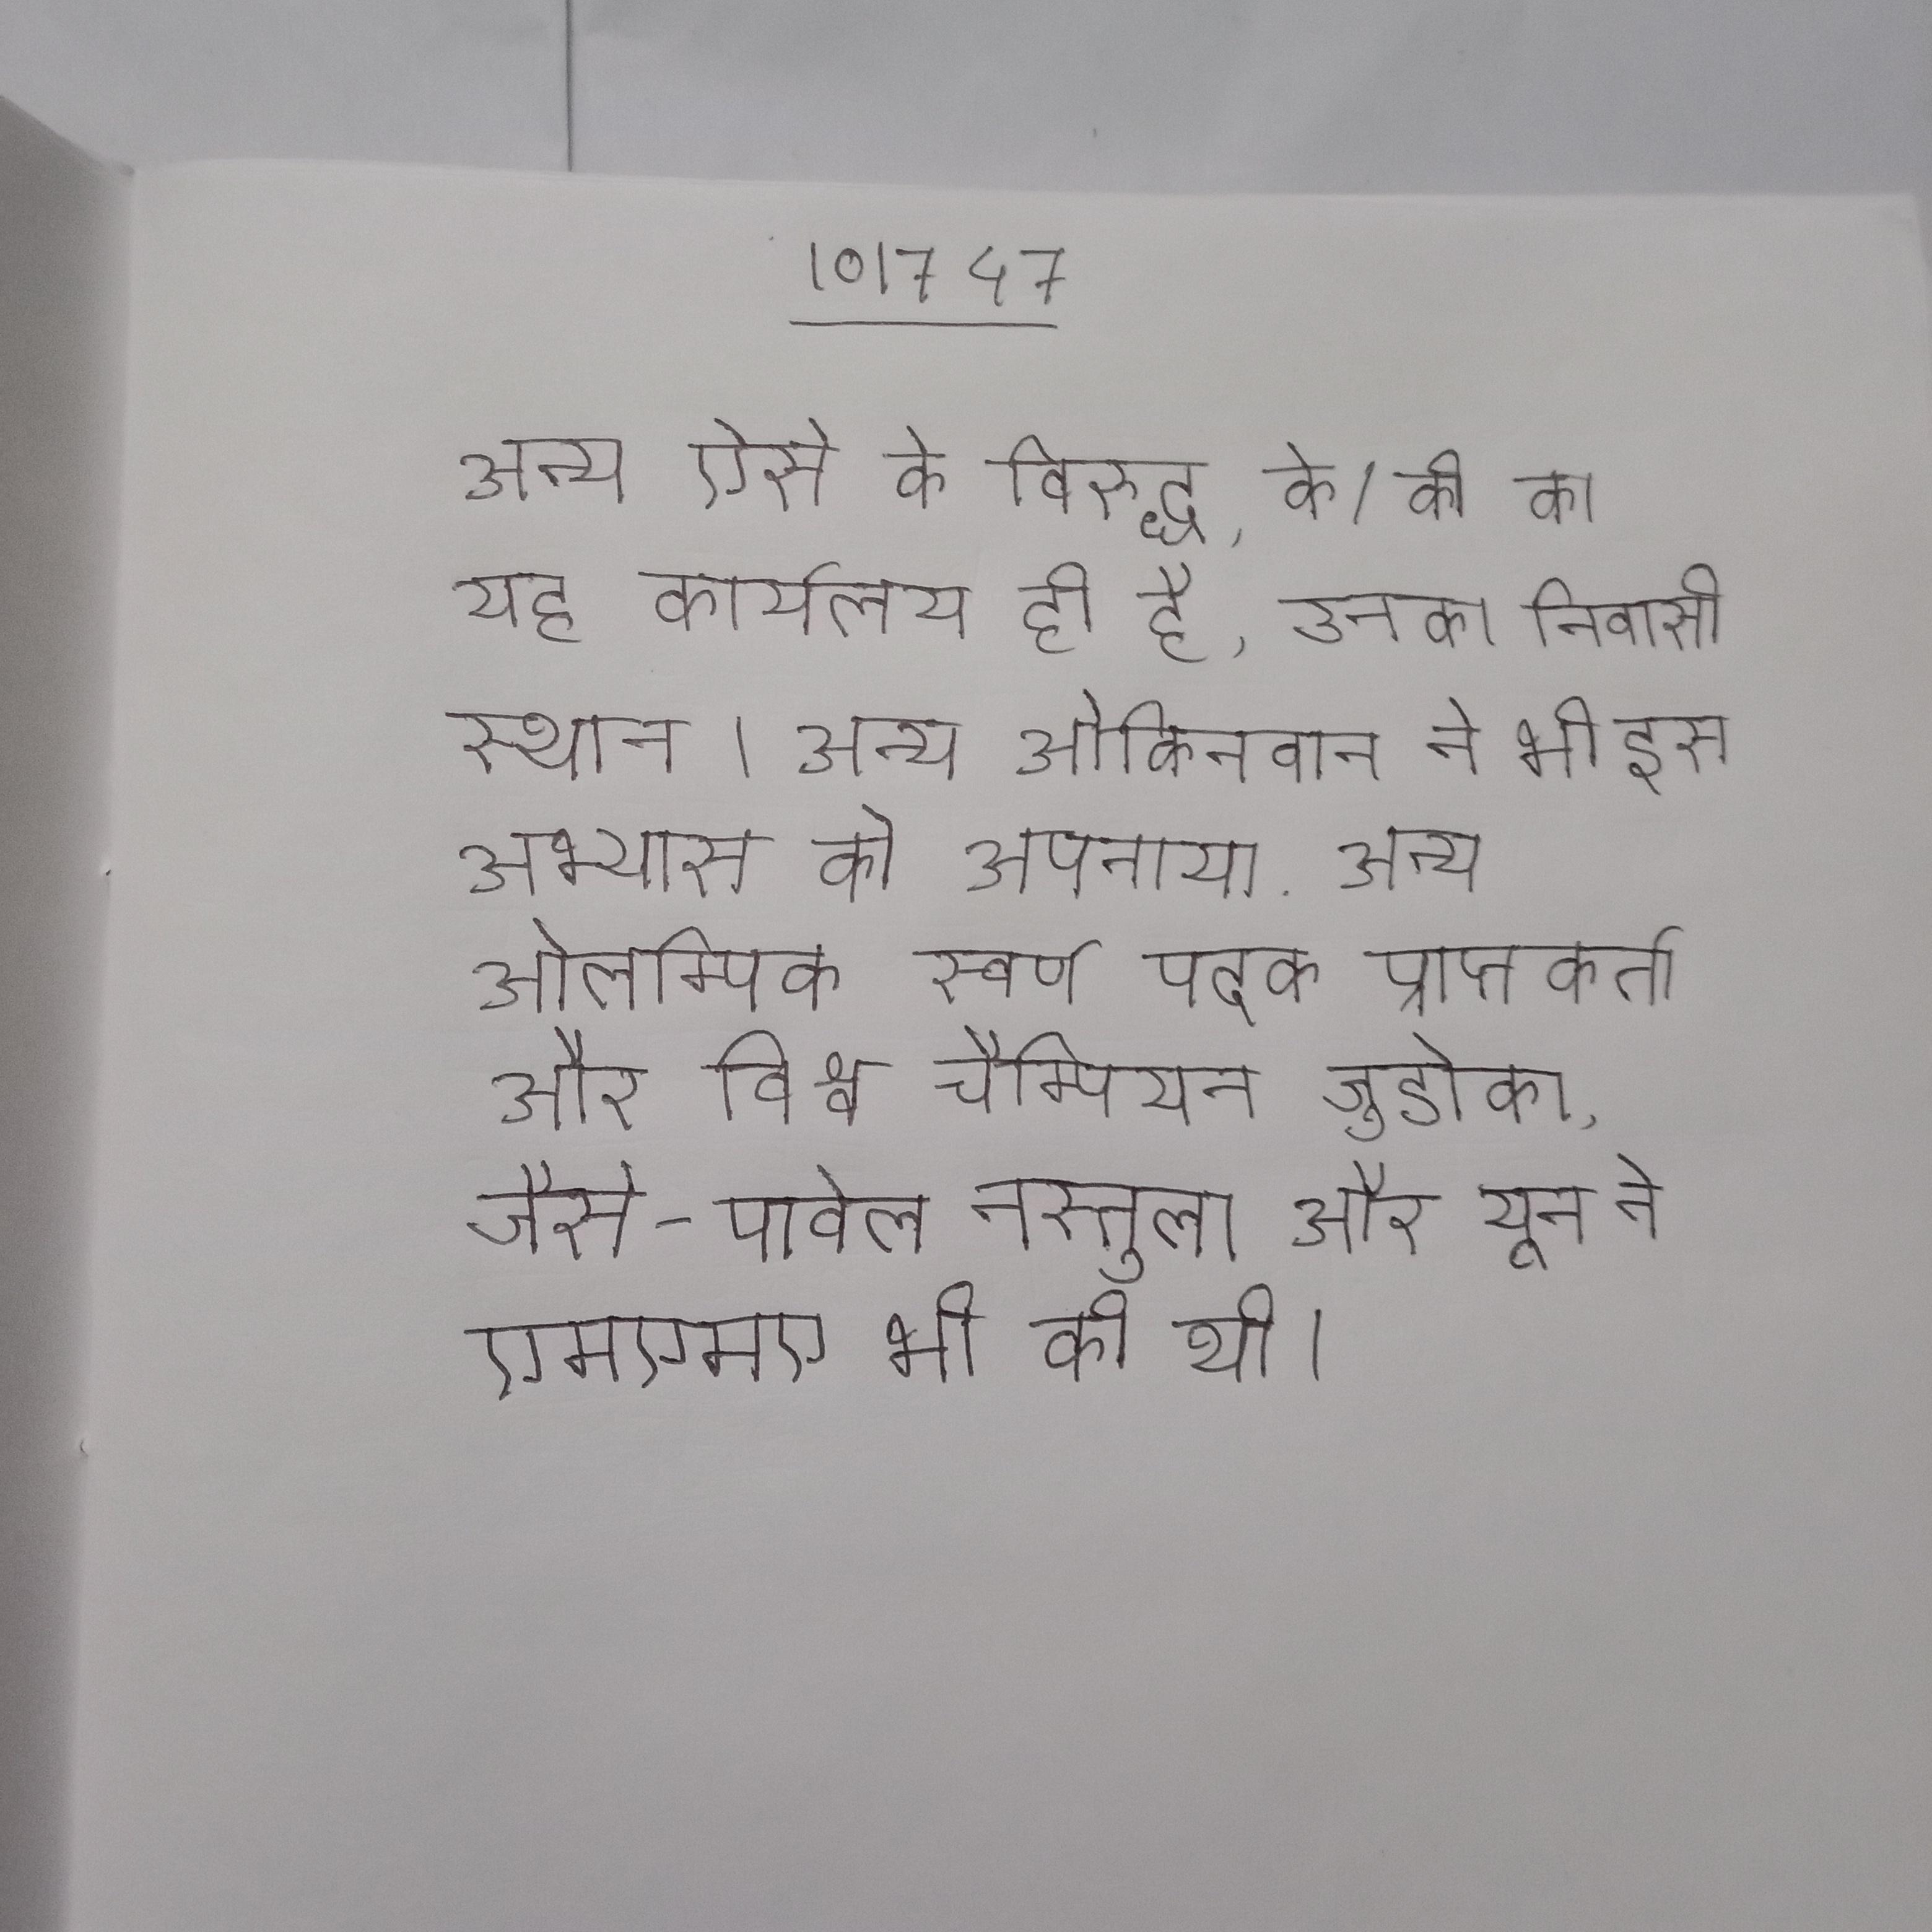
अन्य ऐसे के विरुद्ध, के/की का यह कार्यालय केवल कार्यालय ही है, उनका निवासी स्थान । अन्य ओकिनवान ने भी इस अभ्यास को अपनाया . अन्य ओलम्पिक स्वर्ण पदक प्राप्तकर्ता और विश्व चैम्पियन जुडोका, जैसे - पावेल नस्तुला और यून ने एमएमए भी की थी ।